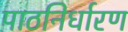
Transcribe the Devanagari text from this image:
पाठनिर्धारण